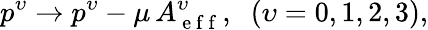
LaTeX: p^{\upsilon}\rightarrow p^{\upsilon}-\mu\, A_{\mathrm{~e~f~f~}}^{\upsilon},\; \; (\upsilon=0,1,2,3),